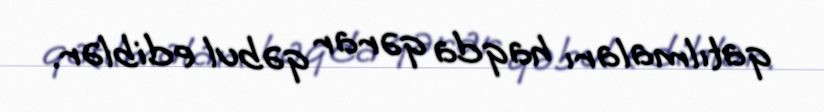
qatılmaları haqda qərar qəbul ediblər.